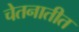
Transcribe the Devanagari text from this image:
चेतनातीत